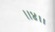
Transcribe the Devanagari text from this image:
।।४।।